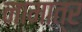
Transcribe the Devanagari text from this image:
नामात्र